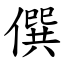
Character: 僎